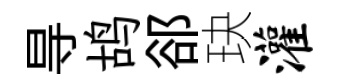
㝵鸪郤玦灌